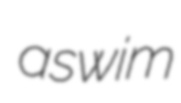
aswim